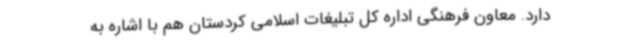
دارد. معاون فرهنگی اداره کل تبلیغات اسلامی کردستان هم با اشاره به